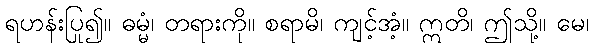
ရဟန်းပြု၍။ ဓမ္မံ၊ တရားကို။ စရာမိ၊ ကျင့်အံ့။ ဣတိ၊ ဤသို့။ မေ၊